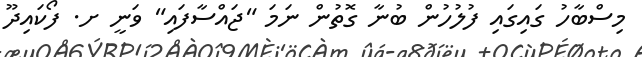
މިސްބާހު ގައިގައި ފުލުހުން ބުނާ ގޮތުން ނަމަ "ޖައްސާފައި" ވަނީ ށ. ފޯކައިދޫ